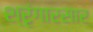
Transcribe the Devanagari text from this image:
श्रृंगारसार